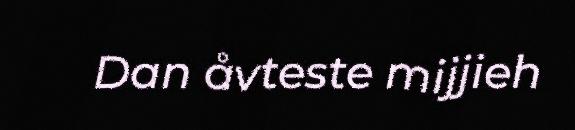
Dan åvteste mijjieh